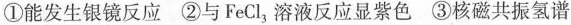
①能发生银镜反应 ②与FeCl_{3}溶液反应显紫色 ③核磁共振氢谱